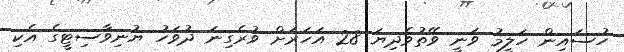
ހުސައިން ހަލީމު ވަނީ ވޭތުވެދިޔަ 28 އަހަރަށް ވުރެގިނަ ދުވަހު ޔުނިވާސިޓީގެ އެކި